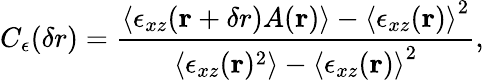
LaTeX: C_{\epsilon}({\mathbf\delta r})=\frac{\left<\epsilon_{xz}({\mathbf r+\delta r})A({\mathbf r})\right>-\left<\epsilon_{xz}({\mathbf r})\right>^{2}}{\left<\epsilon_{xz}({\mathbf r})^{2}\right>-\left<\epsilon_{xz}({\mathbf r})\right>^{2}},